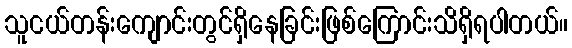
သူငယ်တန်းကျောင်းတွင်ရှိနေခြင်းဖြစ်ကြောင်းသိရှိရပါတယ်။